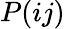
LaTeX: P(ij)